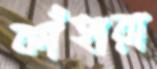
কাঁহারা